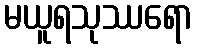
မယူရသုဿရော